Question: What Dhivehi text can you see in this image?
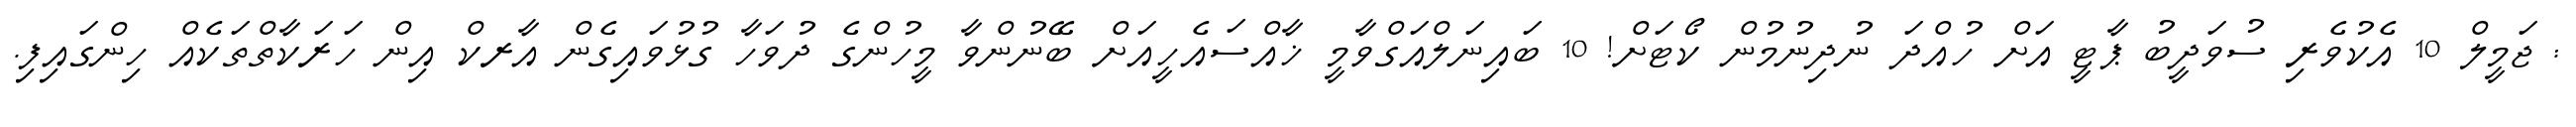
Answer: : ޖަމީލް 10 އެކުވެރި ސުވަދީބު ޕާޓީ އަށް ހުއްދަ ނުދިނުމުން ކޯޓަށް! 10 ބައިނަލްއަގްވާމީ ޚާއްސައެހީއަށް ބޭނުންވާ މީހުންގެ ދުވަހާ ގުޅުވައިގެން އާރކް އިން ހަރަކާތްތަކެއް ހިންގައިފި.